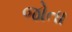
જોતા